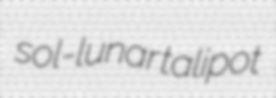
sol-lunar talipot